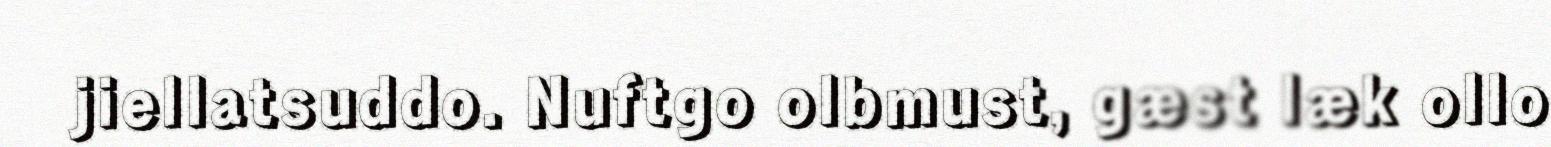
jiellatsuddo. Nuftgo olbmust, gæst læk ollo